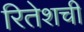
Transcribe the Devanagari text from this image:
रितेशची